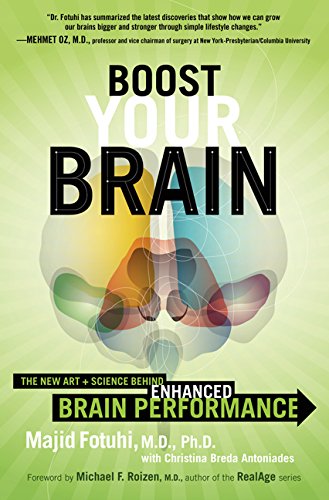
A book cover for Boost Your Brain: The New Art and Science Behind Enhanced Brain Performance; Majid Fotuhi; Self-Help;